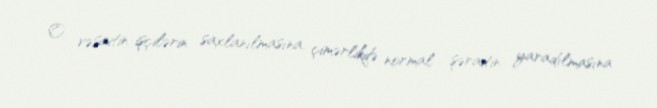
O, vəsaitin işçilərin saxlanılmasına, çimərlikdə normal şəraitin yaradılmasına